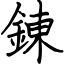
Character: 錬